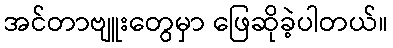
အင်တာဗျူးတွေမှာ ဖြေဆိုခဲ့ပါတယ်။